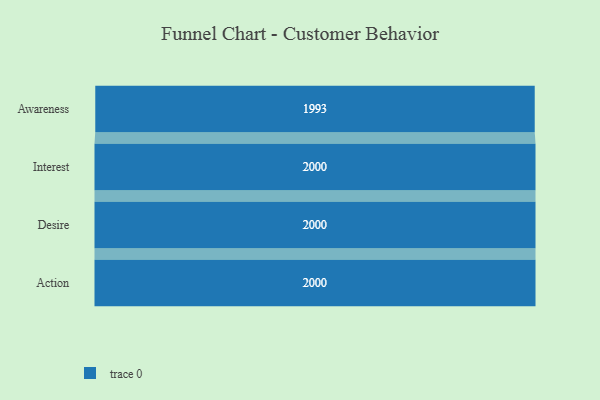
{"axis": {"x": "Stage", "y": "Value"}, "legend": [""], "data": [{"x": "Awareness", "y": 1993.0, "type": ""}, {"x": "Interest", "y": 2000, "type": ""}, {"x": "Desire", "y": 2000, "type": ""}, {"x": "Action", "y": 2000, "type": ""}]}